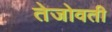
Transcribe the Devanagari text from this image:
तेजोवती